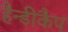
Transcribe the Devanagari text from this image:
हैन्डीकैप